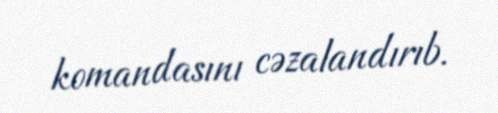
komandasını cəzalandırıb.